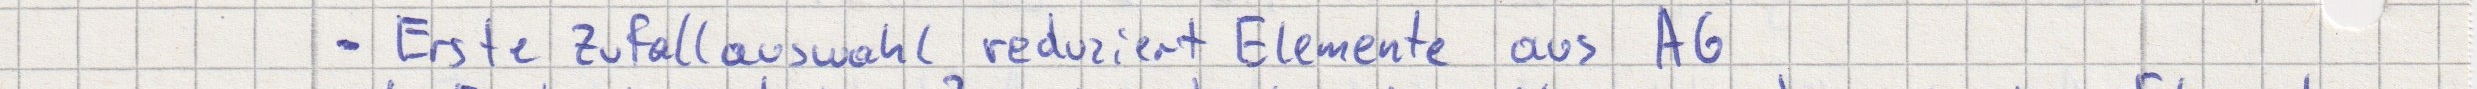
- Erste Zufallsauswahl reduziert Elemente aus AG